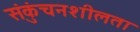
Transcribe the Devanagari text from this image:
संकुंचनशीलता